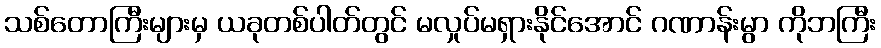
သစ်တောကြီးများမှ ယခုတစ်ပါတ်တွင် မလှုပ်မရှားနိုင်အောင် ဂဏာန်းမွာ ကိုဘကြီး